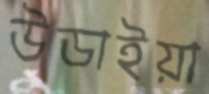
উডাইয়া